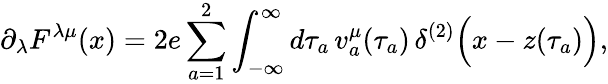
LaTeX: \partial_{\lambda}F^{\lambda\mu}(x)=2e\sum_{a=1}^{2}\int_{-\infty}^{\infty}d\tau_{a}\, {v}_{a}^{\mu}(\tau_{a})\, \delta^{(2)}\Bigl(x-z(\tau_{a})\Bigr),